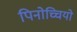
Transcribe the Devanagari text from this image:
पिनोच्चियो